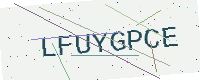
Text: LFUYGPCE